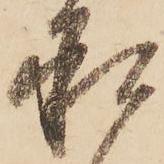
承